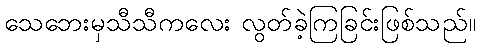
သေဘေးမှသီသီကလေး လွတ်ခဲ့ကြခြင်းဖြစ်သည်။